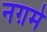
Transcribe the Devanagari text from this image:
नग़मे